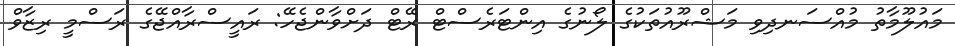
މައުލޫމާތު މުއްސަނދިވި މަޝްރޫއުތަކުގެ ލޯނުގެ އިންޓަރެސްޓް ރޭޓް ދަށްވާންޖެހޭ: ރައީސްރާއްޖޭގެ ރަސްމީ ރިޒާވް